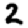
Digit: 2